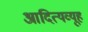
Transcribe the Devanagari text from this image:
आदित्यव्यूह